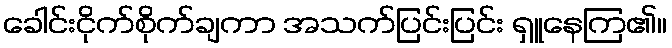
ခေါင်းငိုက်စိုက်ချကာ အသက်ပြင်းပြင်း ရှူနေကြ၏။